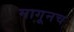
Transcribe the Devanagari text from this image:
मागूनच